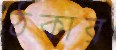
ঠকার